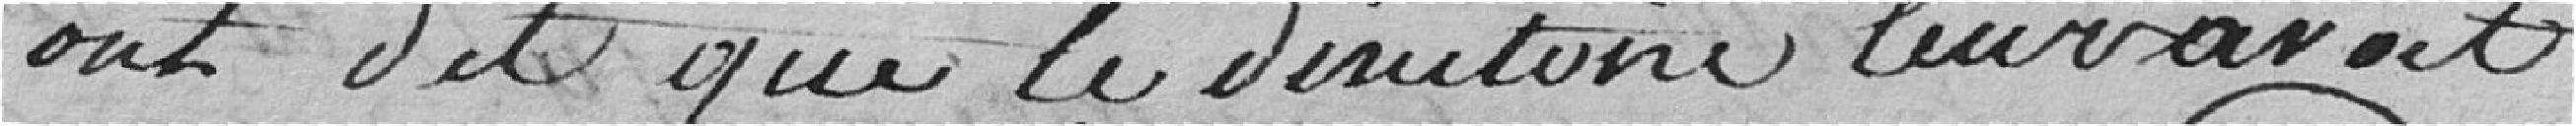
ont dit que le directoire leur avait